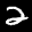
Label: 2